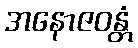
အနောဇဝန္တံ